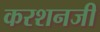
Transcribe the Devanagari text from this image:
करशनजी